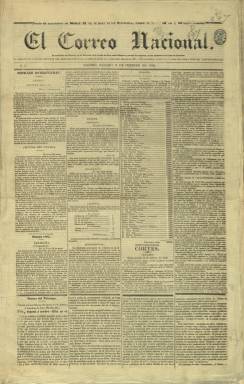
Título: Correo nacional (Madrid)
Colección: Periódicos anteriores a 1850
Ámbito geográfico: Madrid
Lugar de publicación: Madrid
Fechas: 17/02/1838-15/06/1842

Tras acabar el diario El Español su primera época, el 31 de diciembre de 1837, su fundador, Andrés Borrego (1802-1891), que lo había abandonado el 15 de agosto de 1836, creará y dirigirá también este nuevo diario, que aparecerá el 16 de febrero de 1838, como el gran periódico del moderantismo liberal y reformista de este periodo, “continuación y herencia” del anterior, y en el que Borrego alcanzará la cima de su excepcional carrera (Gómez Aparicio: 1967). Será el más firme defensor de la Constitución de 1837 (fruto transaccional de moderados y progresistas), y, desde una opción política partidaria monárquico-constitucional, aunque al principio no se identificara oficialmente con el reaccionarismo del Partido Moderado, al final se pondrá al servicio de su causa. Será contrario a exaltados y progresistas, y siendo defensor de la reina gobernadora doña Cristina, ocupará la vanguardia de la lucha contra la Regencia de Espartero, por lo que padecerá el rigor de las normas de imprenta del 18 de diciembre de 1840 y 9 de septiembre de 1841.

Será tirado en la Imprenta de la Compañía Tipográfica, en entregas de cuatro páginas, compuestas a cuatro columnas. Formalmente, seguirá también la pauta de El Español, aunque con un formato más reducido (que variará) y con suscripciones más baratas, siendo asimismo un periódico profundamente renovador no sólo en su diseño y técnica sino también por sus contenidos, con cuidadas noticias, tanto nacionales como extranjeras, aunque con menor información económica y escasos anuncios comerciales (Seoane: 1983). El faldón de su primera plana estará ocupado por boletines bibliográficos, científicos, industriales o literarios, que después serán sustituidos por un folletín.

Borrego incorporará a su redacción a muchos de los redactores y colaboradores de El Español, como Juan Donoso y Cortés, Joaquín Francisco Pacheco, Alejandro Oliván, Juan Bravo Murillo, o Manuel Pérez Hernández. También en sus páginas estaban iniciando sus tareas y colaboraciones periodísticas Antonio Benavides Navarrete, Ramón de Campoamor, Gabriel García Tassara o Francisco Navarro Villoslada. Y a ellos se sumarán veteranos como Antonio Alcalá Galiano, Santos López Pelegrín (Abenámar) o Antonio María Segovia (El Estudiante). También aparecen entre sus redactores Antonio Benavides, José Gómez de Santaella y José de Zaragoza (Hartzenbusch: 1894). En la amalgama ideológica de sus articulistas, se encuentra asimismo Joaquín Abréu, representante del fourierismo.

Su más destacado contrincante ideológico será el diario progresista El Eco del comercio (1834-1849), con el que polemizará. Según Gómez Aparicio, no están claras las razones por las que dejó de publicarse en pleno éxito el órgano más cualificado del partido moderado. María Celia Fórneas (1999) señala que fue víctima de un golpe de mano de los propios moderados por ser demasiado liberal. A finales de 1841, El Correo nacional había quedado en manos del joven Luis José Sartorius (futuro primer conde de San Luis, y tras publicar su último número el 15 de junio de 1842, fue remplazado al día siguiente por otro gran título de la prensa conservadora: El Heraldo (1842-1854), que funda y dirige el propio Sartorius.

Para este título damos también como referencia bibliográfica la monografía Andrés Borrego: periodismo político liberal conservador (1830-146), editado por Castellote, en 1972.